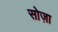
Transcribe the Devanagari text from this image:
सोज़ा